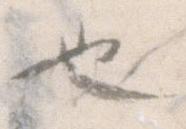
也